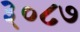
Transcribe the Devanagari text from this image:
३०८७